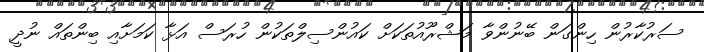
ސަރުކާރުން ހިންގަން ބޭނުންވާ މަޝްރޫއުތަކަށް ކައުންސިލްތަކުން ހުރަސް އަޅާ ކަމަށާއި ބިންތައް ނުދީ